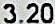
3.20